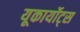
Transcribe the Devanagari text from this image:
यूकार्योट्स